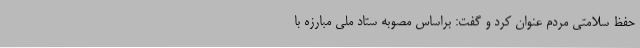
حفظ سلامتی مردم عنوان کرد و گفت: براساس مصوبه ستاد ملی مبارزه با